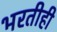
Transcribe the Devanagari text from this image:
भरतीही